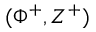
( \Phi ^ { + } , Z ^ { + } )